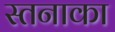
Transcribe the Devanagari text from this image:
स्तनाका